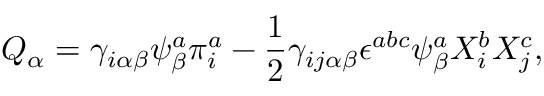
Q _ { \alpha } = \gamma _ { i \alpha \beta } \psi _ { \beta } ^ { a } \pi _ { i } ^ { a } - \frac { 1 } { 2 } \gamma _ { i j \alpha \beta } \epsilon ^ { a b c } \psi _ { \beta } ^ { a } X _ { i } ^ { b } X _ { j } ^ { c } ,